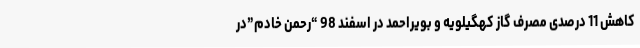
کاهش 11 درصدی مصرف گاز کهگیلویه و بویراحمد در اسفند 98 “رحمن خادم”در